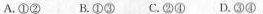
A.①② B.①② C.②④ D.③④